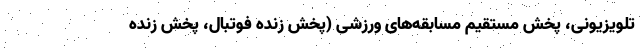
تلویزیونی، پخش مستقیم مسابقه‌های ورزشی (پخش زنده فوتبال، پخش زنده